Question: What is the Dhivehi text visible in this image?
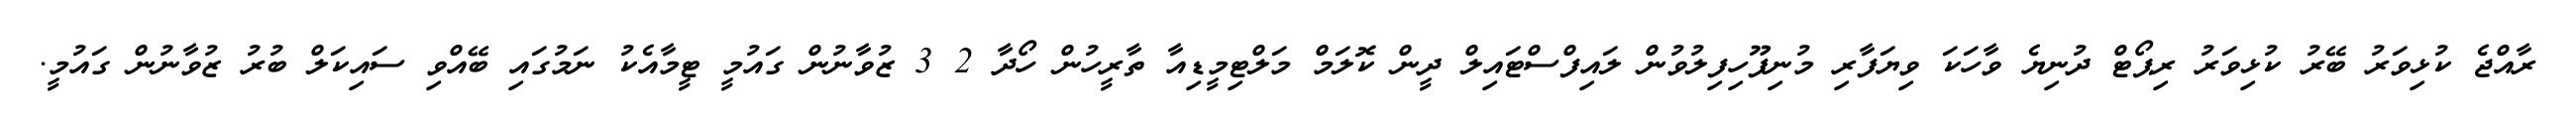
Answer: ރާއްޖެ ކުޅިވަރު ބޭރު ކުޅިވަރު ރިޕޯޓް ދުނިޔެ ވާހަކަ ވިޔަފާރި މުނިފޫހިފިލުވުން ލައިފްސްޓައިލް ދީން ކޮލަމް މަލްޓިމީޑިއާ ތާރީހުން ހޯދާ 2 3 ޒުވާނުން ގައުމީ ޓީމާއެކު ނަމުގައި ބޭއްވި ސައިކަލް ބުރު ޒުވާނުން ގައުމީ.